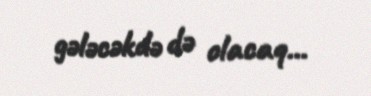
gələcəkdə də olacaq...